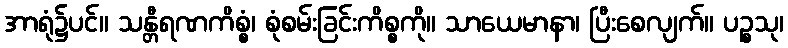
အာရုံ၌ပင်။ သန္တီရဏကိစ္စံ၊ စုံစမ်းခြင်းကိစ္စကို။ သာယေမာနာ၊ ပြီးစေလျက်။ ပဉ္စသု၊